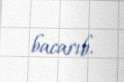
bacarıb.